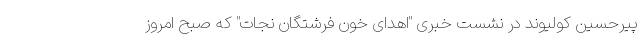
پیرحسین کولیوند در نشست خبری "اهدای خون فرشتگان نجات" که صبح امروز